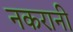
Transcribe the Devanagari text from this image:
नकरानी